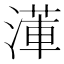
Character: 𭱺